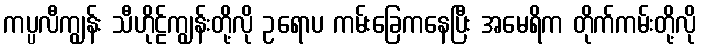
ကပ္ပလီကျွန်း သီဟိုဠ်ကျွန်းတို့လို ဥရောပ ကမ်းခြေကနေပြီး အမေရိက တိုက်ကမ်းတို့လို